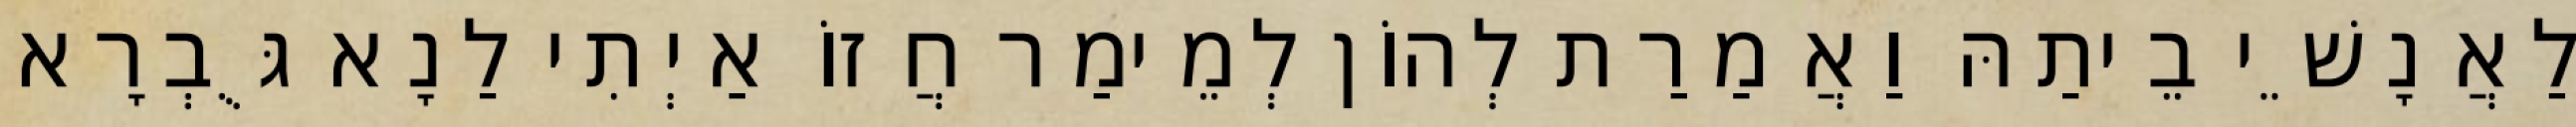
לַאֲנָשֵׁי בֵיתַהּ וַאֲמַרַת לְהוֹן לְמֵימַר חֲזוֹ אַיְתִי לַנָא גֻּבְרָא